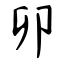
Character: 卯